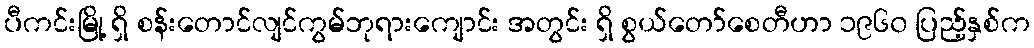
ပီကင်းမြို့ ရှိ စန်းတောင်လျင်ကွမ်ဘုရားကျောင်း အတွင်း ရှိ စွယ်တော်စေတီဟာ ၁၉၆၀ ပြည့်နှစ်က